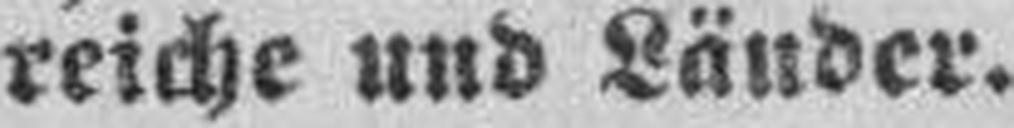
reiche und Länder.